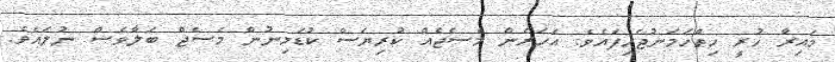
މައިރާ ހުރީ ހިތްހަމަނުޖެހިފައެވެ. އެހަރެން މެސެޖެއް ކުރިޔަސް ކުޑަމިނުން މެސެޖް ބަލާވެސް ނުލައެވެ.